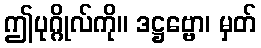
ဤပုဂ္ဂိုလ်ကို။ ဒဋ္ဌဗ္ဗော၊ မှတ်